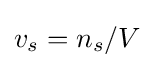
v_{s}=n_{s}/V